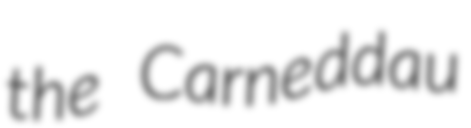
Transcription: the Carneddau